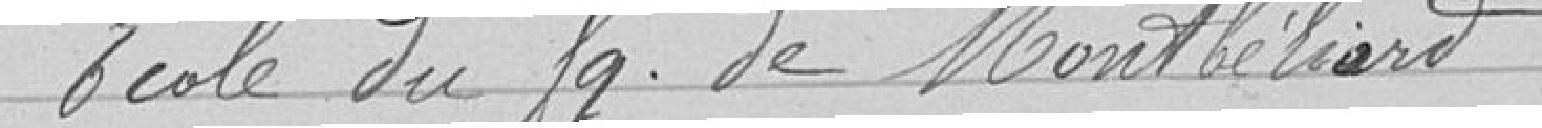
Ecole du faubourg de Montbéliard